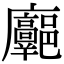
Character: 𢌓